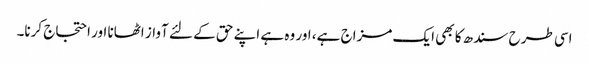
اسی طرح سندھ کا بھی ایک مزاج ہے، اور وہ ہے اپنے حق کے لئے آواز اٹھانا اور احتجاج کرنا۔